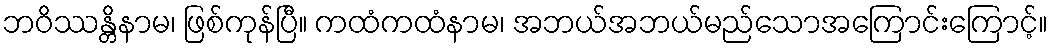
ဘဝိဿန္တိနာမ၊ ဖြစ်ကုန်ပြီ။ ကထံကထံနာမ၊ အဘယ်အဘယ်မည်သောအကြောင်းကြောင့်။